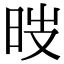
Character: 㫞